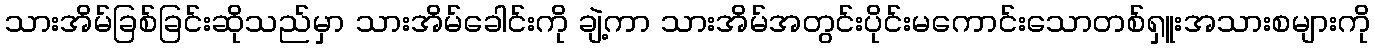
သားအိမ်ခြစ်ခြင်းဆိုသည်မှာ သားအိမ်ခေါင်းကို ချဲ့ကာ သားအိမ်အတွင်းပိုင်းမကောင်းသောတစ်ရှူးအသားစများကို